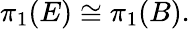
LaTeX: \pi_{1}(E)\cong\pi_{1}(B).